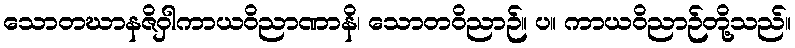
သောတဃာနဇိဝှါကာယဝိညာဏာနိ၊ သောတဝိညာဉ်။ ပ။ ကာယဝိညာဉ်တို့သည်။